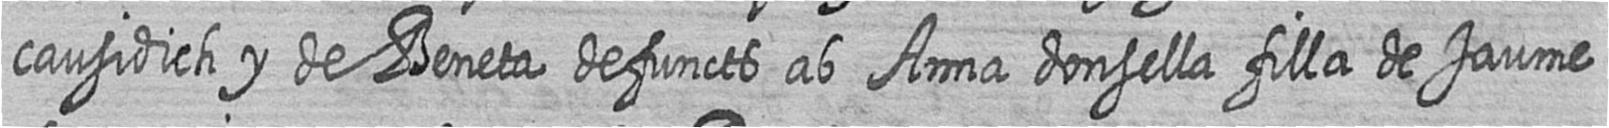
causidich y de Beneta defuncts ab Anna donsella filla de Jaume